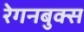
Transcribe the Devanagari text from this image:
रेगनबुक्स